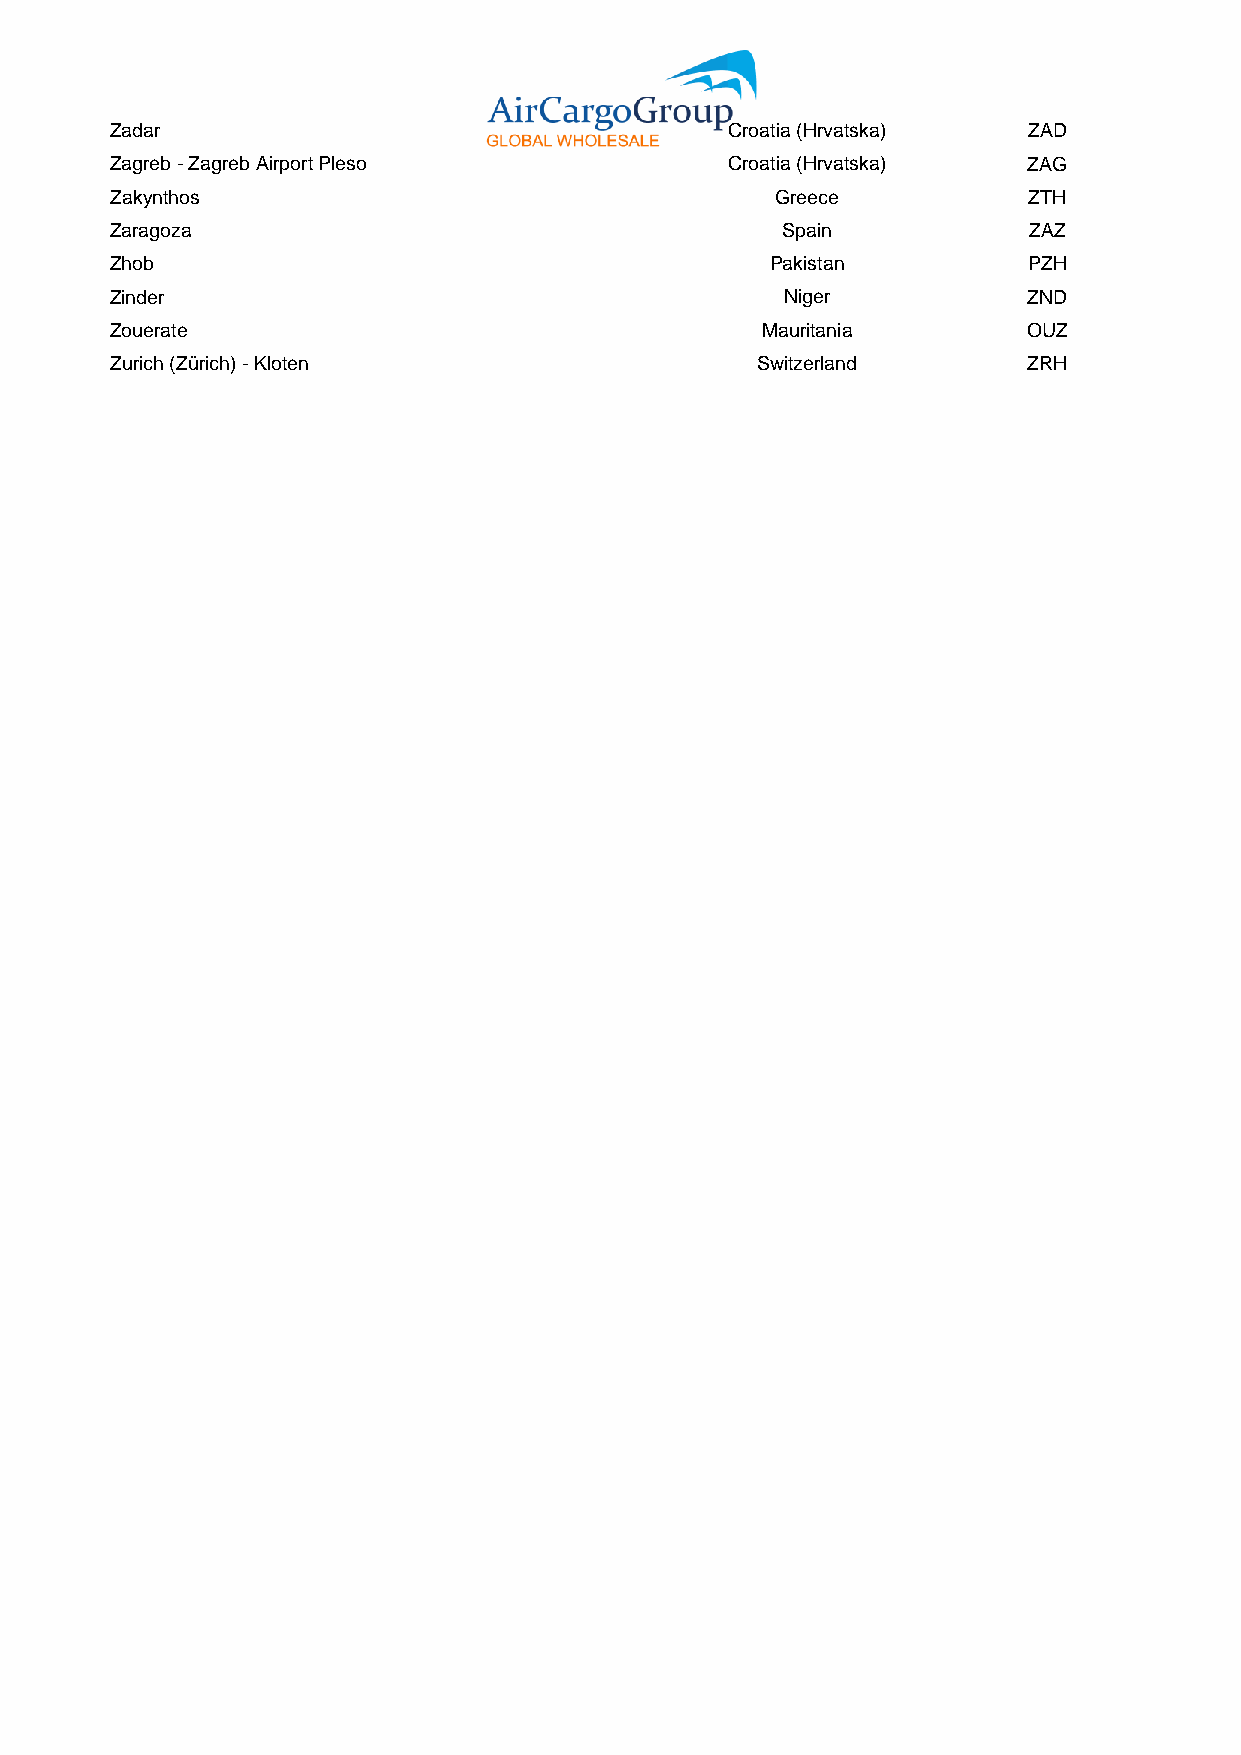
Zadar                                    Croatia (Hrvatska)  ZAD
 Zagreb - Zagreb Airport Pleso            Croatia (Hrvatska)  ZAG
 Zakynthos                                   Greece           ZTH
 Zaragoza                                     Spain           ZAZ
 Zhob                                        Pakistan         PZH
 Zinder                                       Niger           ZND
 Zouerate                                   Mauritania        OUZ
 Zurich (Zürich) - Kloten                   Switzerland       ZRH